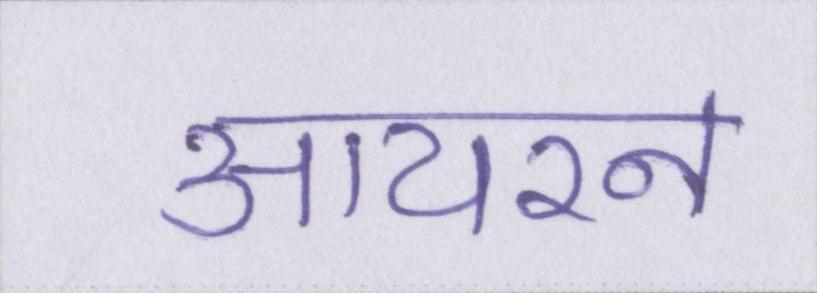
आयरन